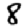
Digit: 8